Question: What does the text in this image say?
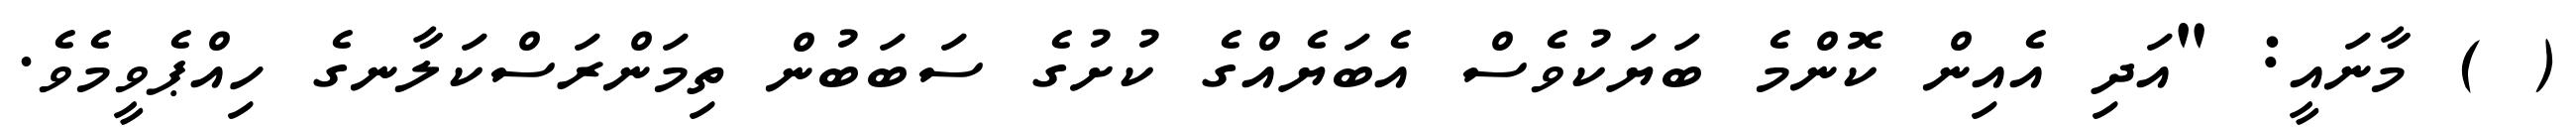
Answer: ( ) މާނައީ: "އަދި އެއިން ކޮންމެ ބަޔަކުވެސް އެބަޔެއްގެ ކުށުގެ ސަބަބުން ތިމަންރަސްކަލާނގެ ހިއްޕެވީމެވެ.